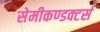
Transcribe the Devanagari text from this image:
सेमीकण्डक्टर्स